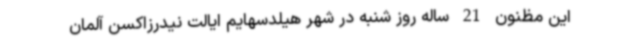
این مظنون 21 ساله روز شنبه در شهر هیلدسهایم ایالت نیدرزاکسن آلمان